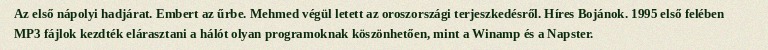
Az első nápolyi hadjárat. Embert az űrbe. Mehmed végül letett az oroszországi terjeszkedésről. Híres Bojánok. 1995 első felében MP3 fájlok kezdték elárasztani a hálót olyan programoknak köszönhetően, mint a Winamp és a Napster.